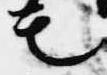
モ